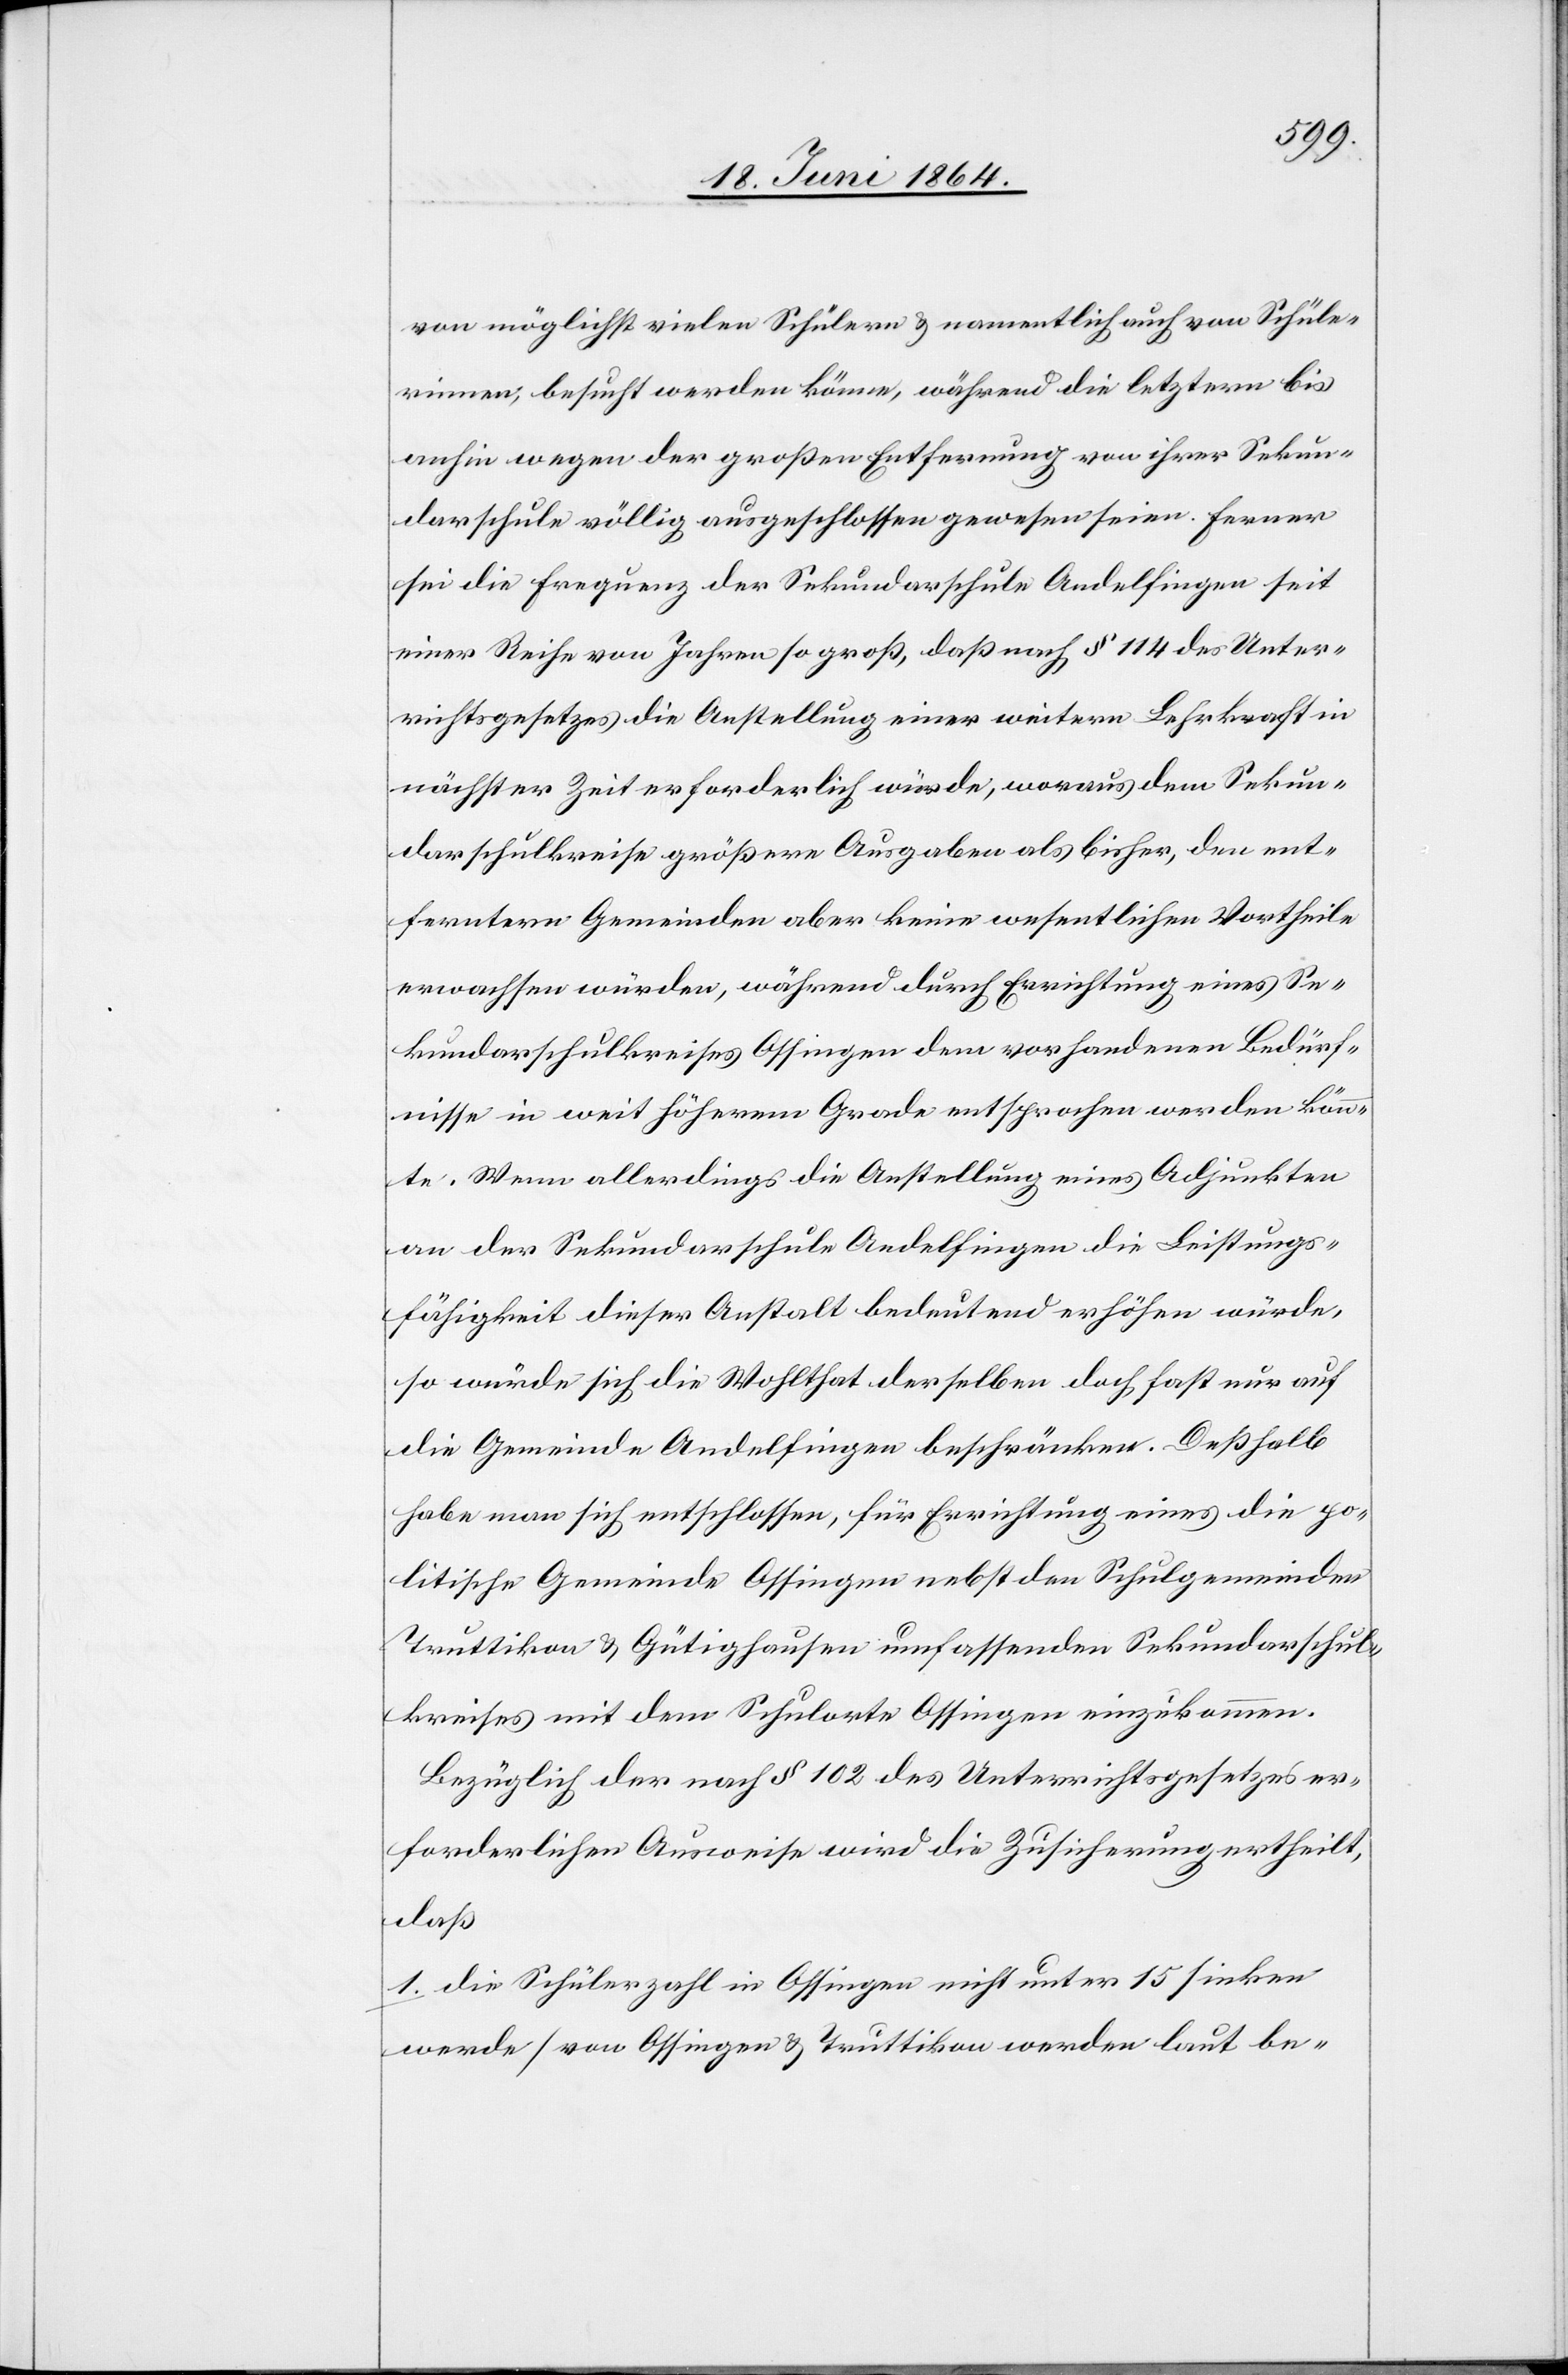
von möglichst vielen Schülern u. namentlich auch von Schüle¬
rinnen, besucht werden könne, während die letztern bis
anhin wegen der großen Entfernung von ihrer Sekun¬
darschule völlig ausgeschlossen gewesen seien. Ferner
sei die Frequenz der Sekundarschule Andelfingen seit
einer Reihe von Jahren so groß, daß nach § 114 des Unter¬
richtsgesetzes die Anstellung einer weitern Lehrkraft in
nächster Zeit erforderlich würde, woraus dem Sekun¬
darschulkreise größere Ausgaben als bisher, den ent¬
ferntern Gemeinden aber keine wesentlichen Vortheile
erwachsen würden, während durch Errichtung eines Se¬
kundarschulkreises Ossingen dem vorhandenen Bedürf¬
nisse in weit höherem Grade entsprochen werden könn¬
te. Wenn allerdings die Anstellung eines Adjunkten
an der Sekundarschule Andelfingen die Leistungs¬
fähigkeit dieser Anstalt bedeutend erhöhen würde,
so würde sich die Wohlthat derselben doch fast nur auf
die Gemeinde Andelfingen beschränken. Deßhalb
habe man sich entschlossen, für Errichtung eines die po¬
litische Gemeinde Ossingen nebst den Schulgemeinden
Truttikon u. Gütighausen umfassenden Sekundarschul¬
kreises mit dem Schulorte Ossingen einzukommen.
Bezüglich der nach § 102 des Unterrichtsgesetzes er¬
forderlichen Ausweise wird die Zusicherung ertheilt,
daß
1. die Schülerzahl in Ossingen nicht unter 15 sinken
werde [von Ossingen u. Truttikon werden laut be-